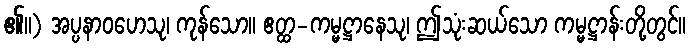
၏။) အပ္ပနာဝဟေသု၊ ကုန်သော။ ဧတ္ထ-ကမ္မဋ္ဌာနေသု၊ ဤသုံးဆယ်သော ကမ္မဋ္ဌာန်းတို့တွင်။